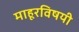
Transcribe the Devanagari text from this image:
माहूरविषयी